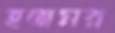
হতামর